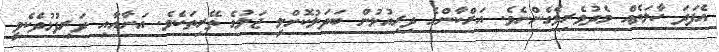
އެފަދަ ހާލަތެއް މެދުވެރިވެގެންނެވެ. އަރްކާންގެ ދިރިއުޅުން ބަދަލުކޮށްލީ ޖަލުގެ ތޭރިތަކެވެ. އަނާއާއި ދަރިފުޅުދެކެވީ